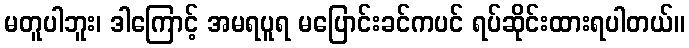
မတူပါဘူး၊ ဒါကြောင့် အမရပူရ မပြောင်းခင်ကပင် ရပ်ဆိုင်းထားရပါတယ်။